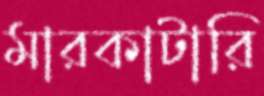
মারকাটারি